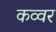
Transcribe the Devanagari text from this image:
कव्वर